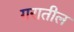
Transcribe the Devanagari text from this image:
गरातील